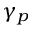
\gamma _ { p }